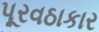
પૂરવઠાકાર